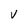
Character: V